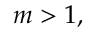
m > 1 ,